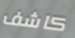
كاشف